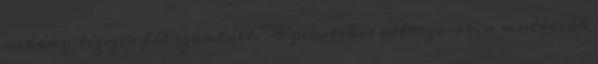
néhány tízezer főt számlált. A genetikai változások, a mutációk